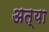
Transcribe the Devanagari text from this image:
अत्या